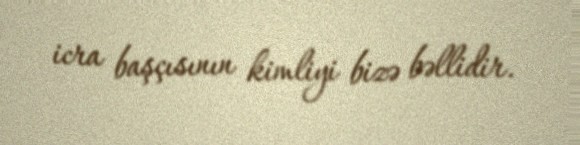
icra başçısının kimliyi bizə bəllidir.